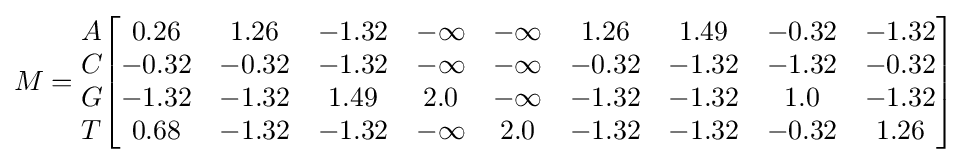
M={\begin{matrix}A\\C\\G\\T\end{matrix}}{\begin{bmatrix}0.26&1.26&-1.32&-\infty &-\infty &1.26&1.49&-0.32&-1.32\\-0.32&-0.32&-1.32&-\infty &-\infty &-0.32&-1.32&-1.32&-0.32\\-1.32&-1.32&1.49&2.0&-\infty &-1.32&-1.32&1.0&-1.32\\0.68&-1.32&-1.32&-\infty &2.0&-1.32&-1.32&-0.32&1.26\end{bmatrix}}